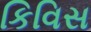
કિવિસ